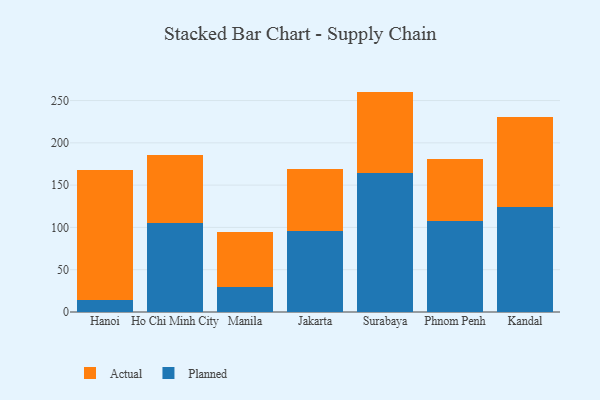
{"axis": {"x": "City", "y": "Humidity (%)"}, "legend": ["Actual", "Planned"], "data": [{"x": "Hanoi", "y": 14.5, "type": "Planned"}, {"x": "Hanoi", "y": 153.2, "type": "Actual"}, {"x": "Ho Chi Minh City", "y": 105.7, "type": "Planned"}, {"x": "Ho Chi Minh City", "y": 80.1, "type": "Actual"}, {"x": "Manila", "y": 30.1, "type": "Planned"}, {"x": "Manila", "y": 65.0, "type": "Actual"}, {"x": "Jakarta", "y": 96.0, "type": "Planned"}, {"x": "Jakarta", "y": 72.9, "type": "Actual"}, {"x": "Surabaya", "y": 164.8, "type": "Planned"}, {"x": "Surabaya", "y": 95.8, "type": "Actual"}, {"x": "Phnom Penh", "y": 107.1, "type": "Planned"}, {"x": "Phnom Penh", "y": 73.3, "type": "Actual"}, {"x": "Kandal", "y": 124.2, "type": "Planned"}, {"x": "Kandal", "y": 105.9, "type": "Actual"}]}